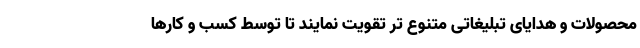
محصولات و هدایای تبلیغاتی متنوع تر تقویت نمایند تا توسط کسب و کارها